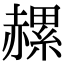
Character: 𧹶